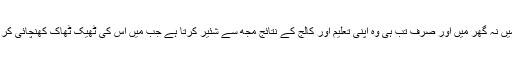
نہ کالج میں نہ گھر میں اور صرف تب ہی وہ اپنی تعلیم اور کالج کے نتائج مجھ سے شئیر کرتا ہے جب میں اُس کی ٹھیک ٹھاک کھنچائی کر دیتا ہوں۔